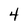
Character: 4